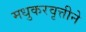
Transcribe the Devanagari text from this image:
मधुकरवृत्तीने